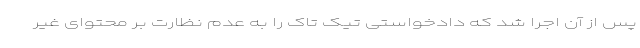
پس از آن اجرا شد که دادخواستی تیک تاک را به عدم نظارت بر محتوای غیر